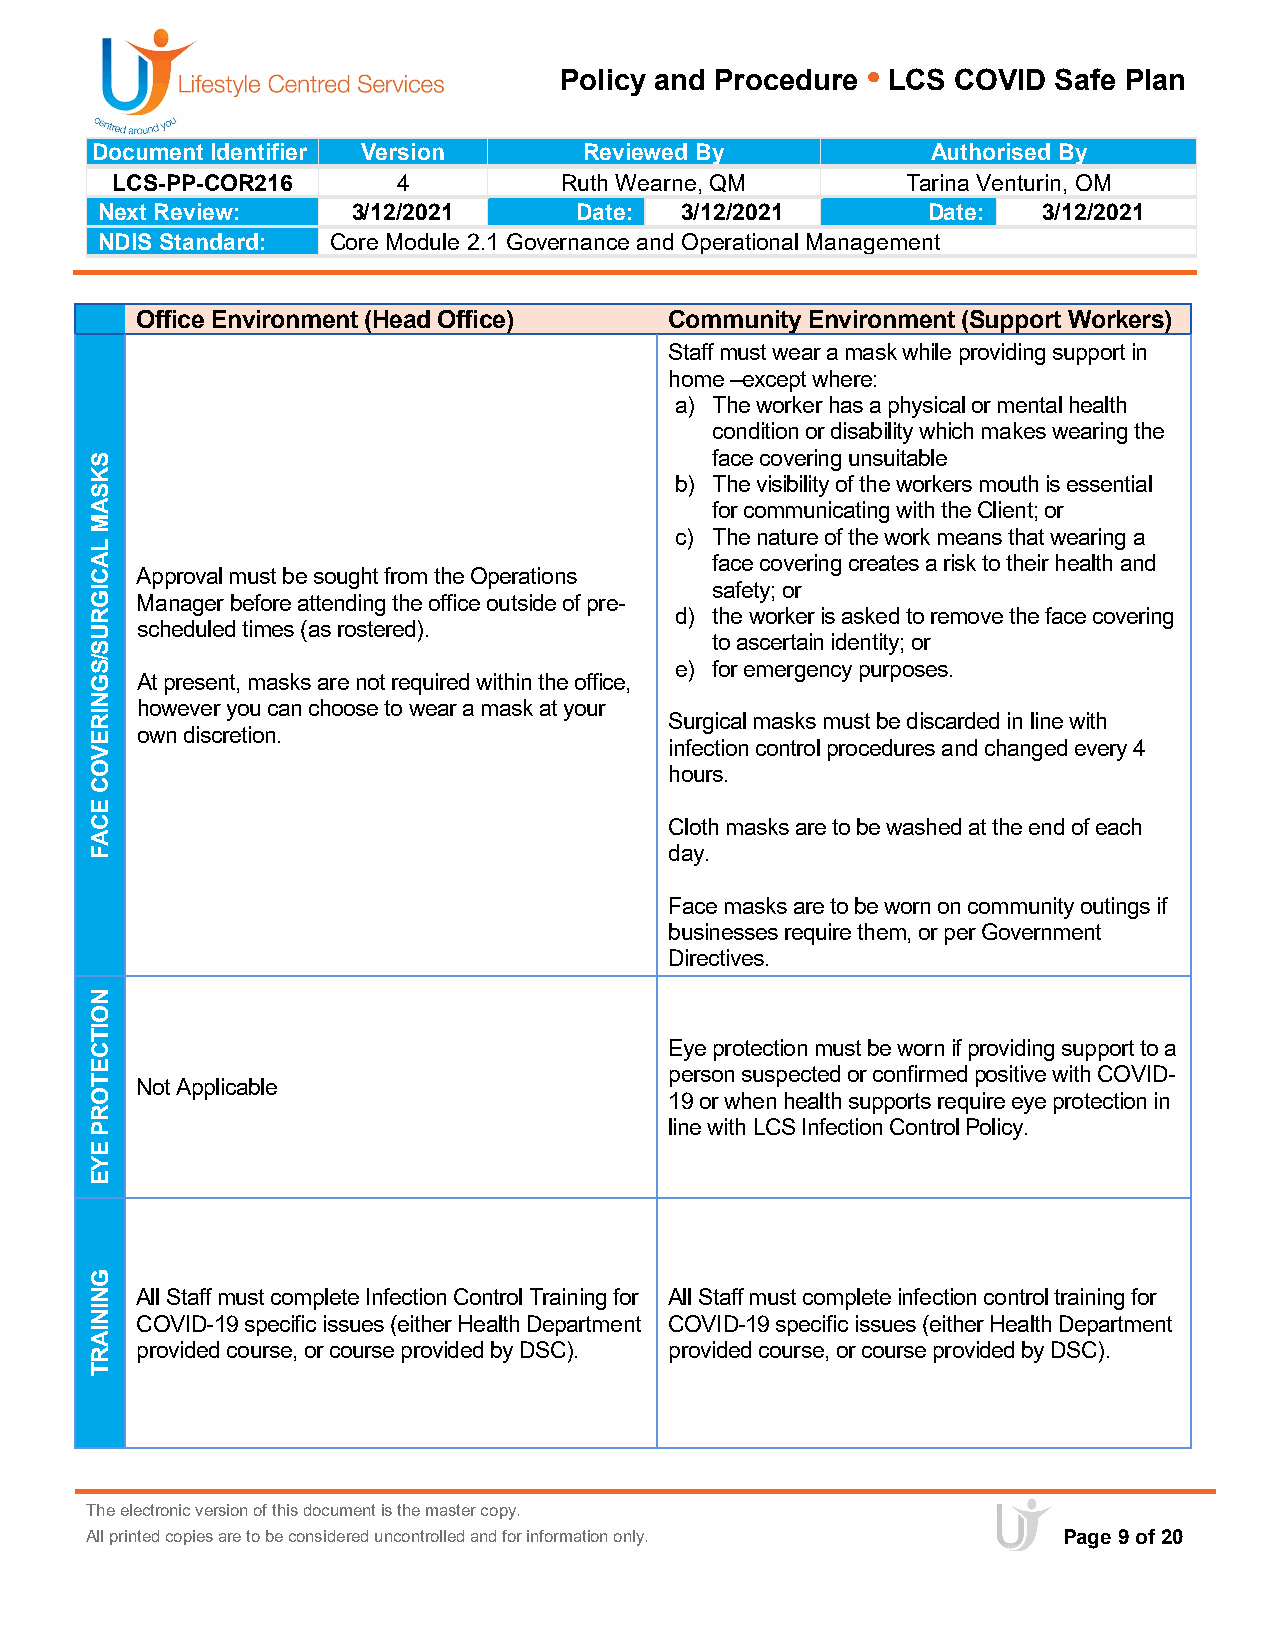
Policy and Procedure • LCS COVID Safe Plan
 Document Identifier Version      Reviewed By            Authorised By
 LCS-PP-COR216      4          Ruth Wearne, QM        Tarina Venturin, OM
 Next Review:     3/12/2021      Date:  3/12/2021       Date:   3/12/2021
 NDIS Standard:  Core Module 2.1 Governance and Operational Management
 Office Environment (Head Office)   Community Environment (Support Workers)
 Staff must wear a mask while providing support in
 home –except where:
 a) The worker has a physical or mental health
 condition or disability which makes wearing the
 face covering unsuitable
 b) The visibility of the workers mouth is essential
 for communicating with the Client; or
 c) The nature of the work means that wearing a
 face covering creates a risk to their health and
 Approval must be sought from the Operations
 safety; or
 Manager before attending the office outside of pre-
 d) the worker is asked to remove the face covering
 scheduled times (as rostered).
 to ascertain identity; or
 e) for emergency purposes.
 At present, masks are not required within the office,
 however you can choose to wear a mask at your
 Surgical masks must be discarded in line with
 own discretion.
 infection control procedures and changed every 4
 hours.
 Cloth masks are to be washed at the end of each
 day.
 Face masks are to be worn on community outings if
 businesses require them, or per Government
 Directives.
 Eye protection must be worn if providing support to a
 person suspected or confirmed positive with COVID-
 Not Applicable
 19 or when health supports require eye protection in
 line with LCS Infection Control Policy.
 All Staff must complete Infection Control Training for All Staff must complete infection control training for
 COVID-19 specific issues (either Health Department COVID-19 specific issues (either Health Department
 provided course, or course provided by DSC). provided course, or course provided by DSC).
 The electronic version of this document is the master copy.
 All printed copies are to be considered uncontrolled and for information only. Page 9 of 20
 SKSAM
 LACIGRUS/SGNIREVOC
 ECAF
 NOITCETORP
 EYE
 GNINIART